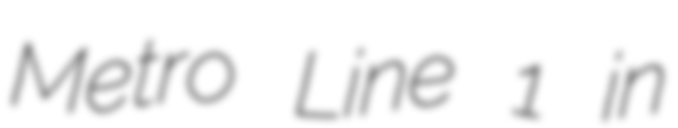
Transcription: Metro Line 1 in